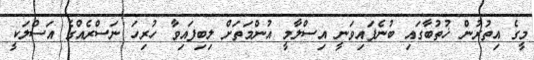
މީގެ އިތުރުން ޚުތުބާގައި ބުނެފައިވަނީ އިސްލާމީ އުންމަތަށް ލިބިފައިވާ ހުރިހަ ނަސްރެއްގެ އަސްލަކީ